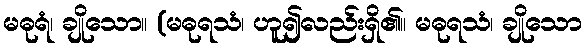
မဓုရံ၊ ချိုသော။ (မဓုရသံ၊ ဟူ၍လည်းရှိ၏။ မဓုရသံ၊ ချိုသော